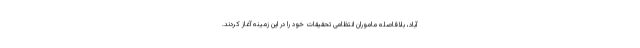
آباد، بلافاصله ماموران انتظامی تحقیقات خود را در این زمینه آغاز کردند.